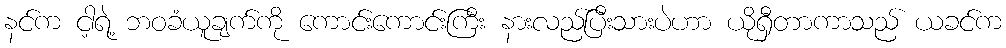
နင်က ငါ့ရဲ့ ဘဝခံယူချက်ကို ကောင်းကောင်းကြီး နားလည်ပြီးသားပဲဟာ ယိုရှီတာကာသည် ယခင်က